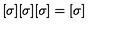
[ \sigma ] [ \sigma ] [ \sigma ] = [ \sigma ]